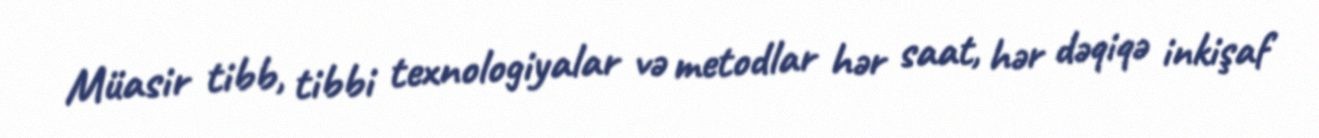
Müasir tibb, tibbi texnologiyalar və metodlar hər saat, hər dəqiqə inkişaf